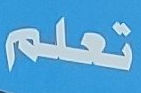
تعلم